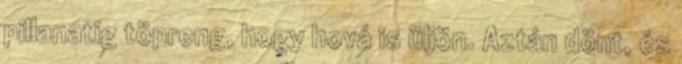
pillanatig töpreng, hogy hová is üljön. Aztán dönt, és